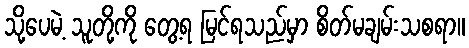
သို့ပေမဲ့ သူတို့ကို တွေ့ရ မြင်ရသည်မှာ စိတ်မချမ်းသစရာ။